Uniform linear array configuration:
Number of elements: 8
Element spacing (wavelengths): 1
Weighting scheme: hamming
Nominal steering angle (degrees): -30
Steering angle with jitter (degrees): -31.81
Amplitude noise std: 0.05
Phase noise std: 0.05

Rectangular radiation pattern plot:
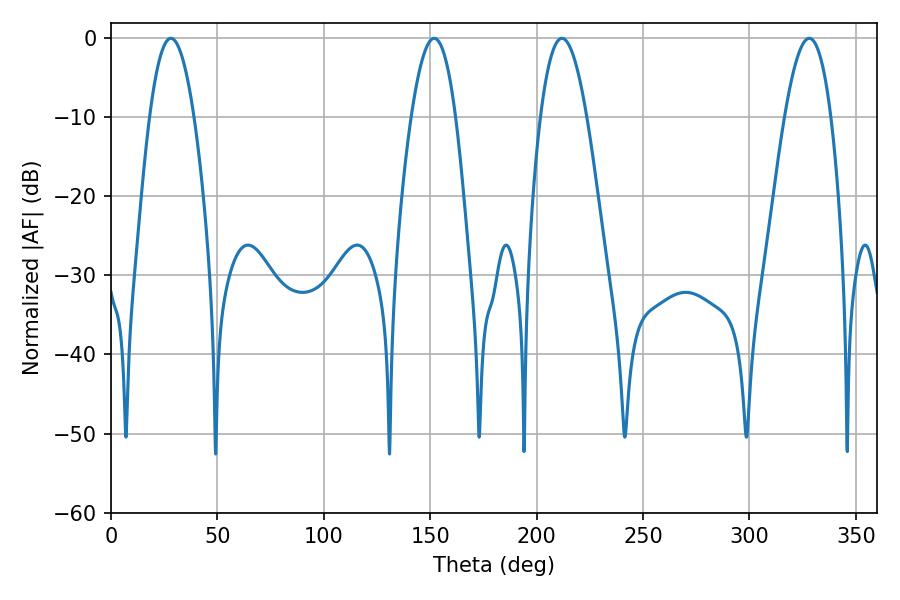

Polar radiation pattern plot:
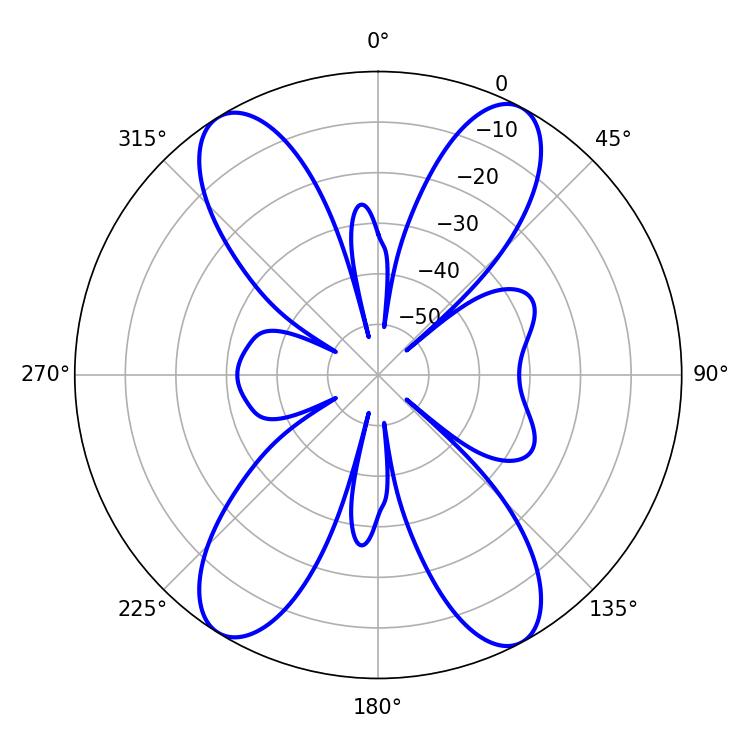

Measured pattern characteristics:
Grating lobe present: TRUE
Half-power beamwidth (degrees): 12.06
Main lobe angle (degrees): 211.86